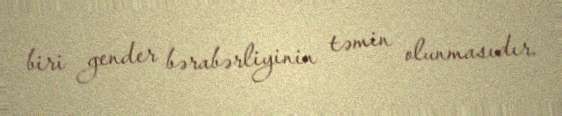
biri gender bərabərliyinin təmin olunmasıdır.